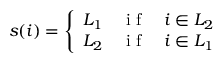
\begin{array} { r } { s ( i ) = \left\{ \begin{array} { c c c } { L _ { 1 } } & { \mathrm { ~ i ~ f ~ } } & { i \in L _ { 2 } } \\ { L _ { 2 } } & { \mathrm { ~ i ~ f ~ } } & { i \in L _ { 1 } } \end{array} \right. } \end{array}